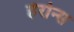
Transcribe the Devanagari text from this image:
हेरोन्स